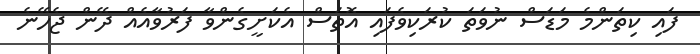
ފައި ކިތަންމެ މަޑަސް ނުވަތަ ކުރަކިވެފައި އޮތަސް އެކަށީގެންވާ ފަރުވާއެއް ދޭން ޖެހޭނެ